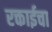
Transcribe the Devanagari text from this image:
रक्ताईचा